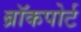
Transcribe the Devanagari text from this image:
ब्रॉकपोर्ट